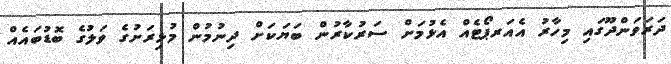
ދަރަވަންދޫގައި މިހާރު އެއަރޕޯޓެއް އެޅުމަށް ސަރުކާރުން ބަޔަކަށް ދިނުމުން މުޅިރަށުގެ ވަލުގެ ބޮޑުބައެއް